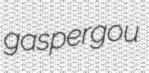
gaspergou